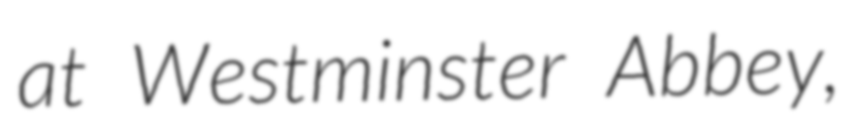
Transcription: at Westminster Abbey,